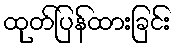
ထုတ်ပြန်ထားခြင်း